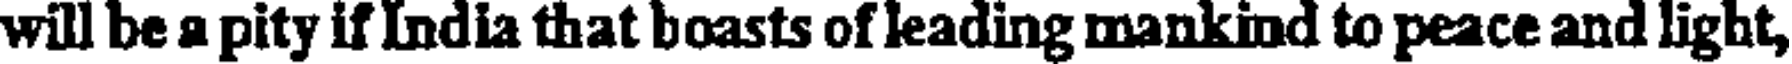
will be a pity if India that boasts of leading mankind to peace and light,